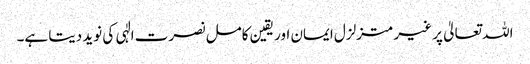
اللہ تعالیٰ پر غیر متزلزل ایمان اور یقین کامل نصرت الٰہی کی نوید دیتا ہے۔